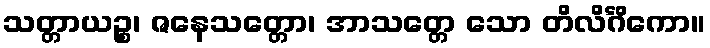
သတ္တာယဉ္စ၊ ဇနေသတ္တော၊ အာသတ္တေ သော တိလိင်္ဂိကော။